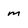
Character: m